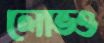
লোভও